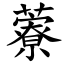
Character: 藔